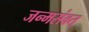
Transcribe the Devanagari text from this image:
जन्मसंवत्